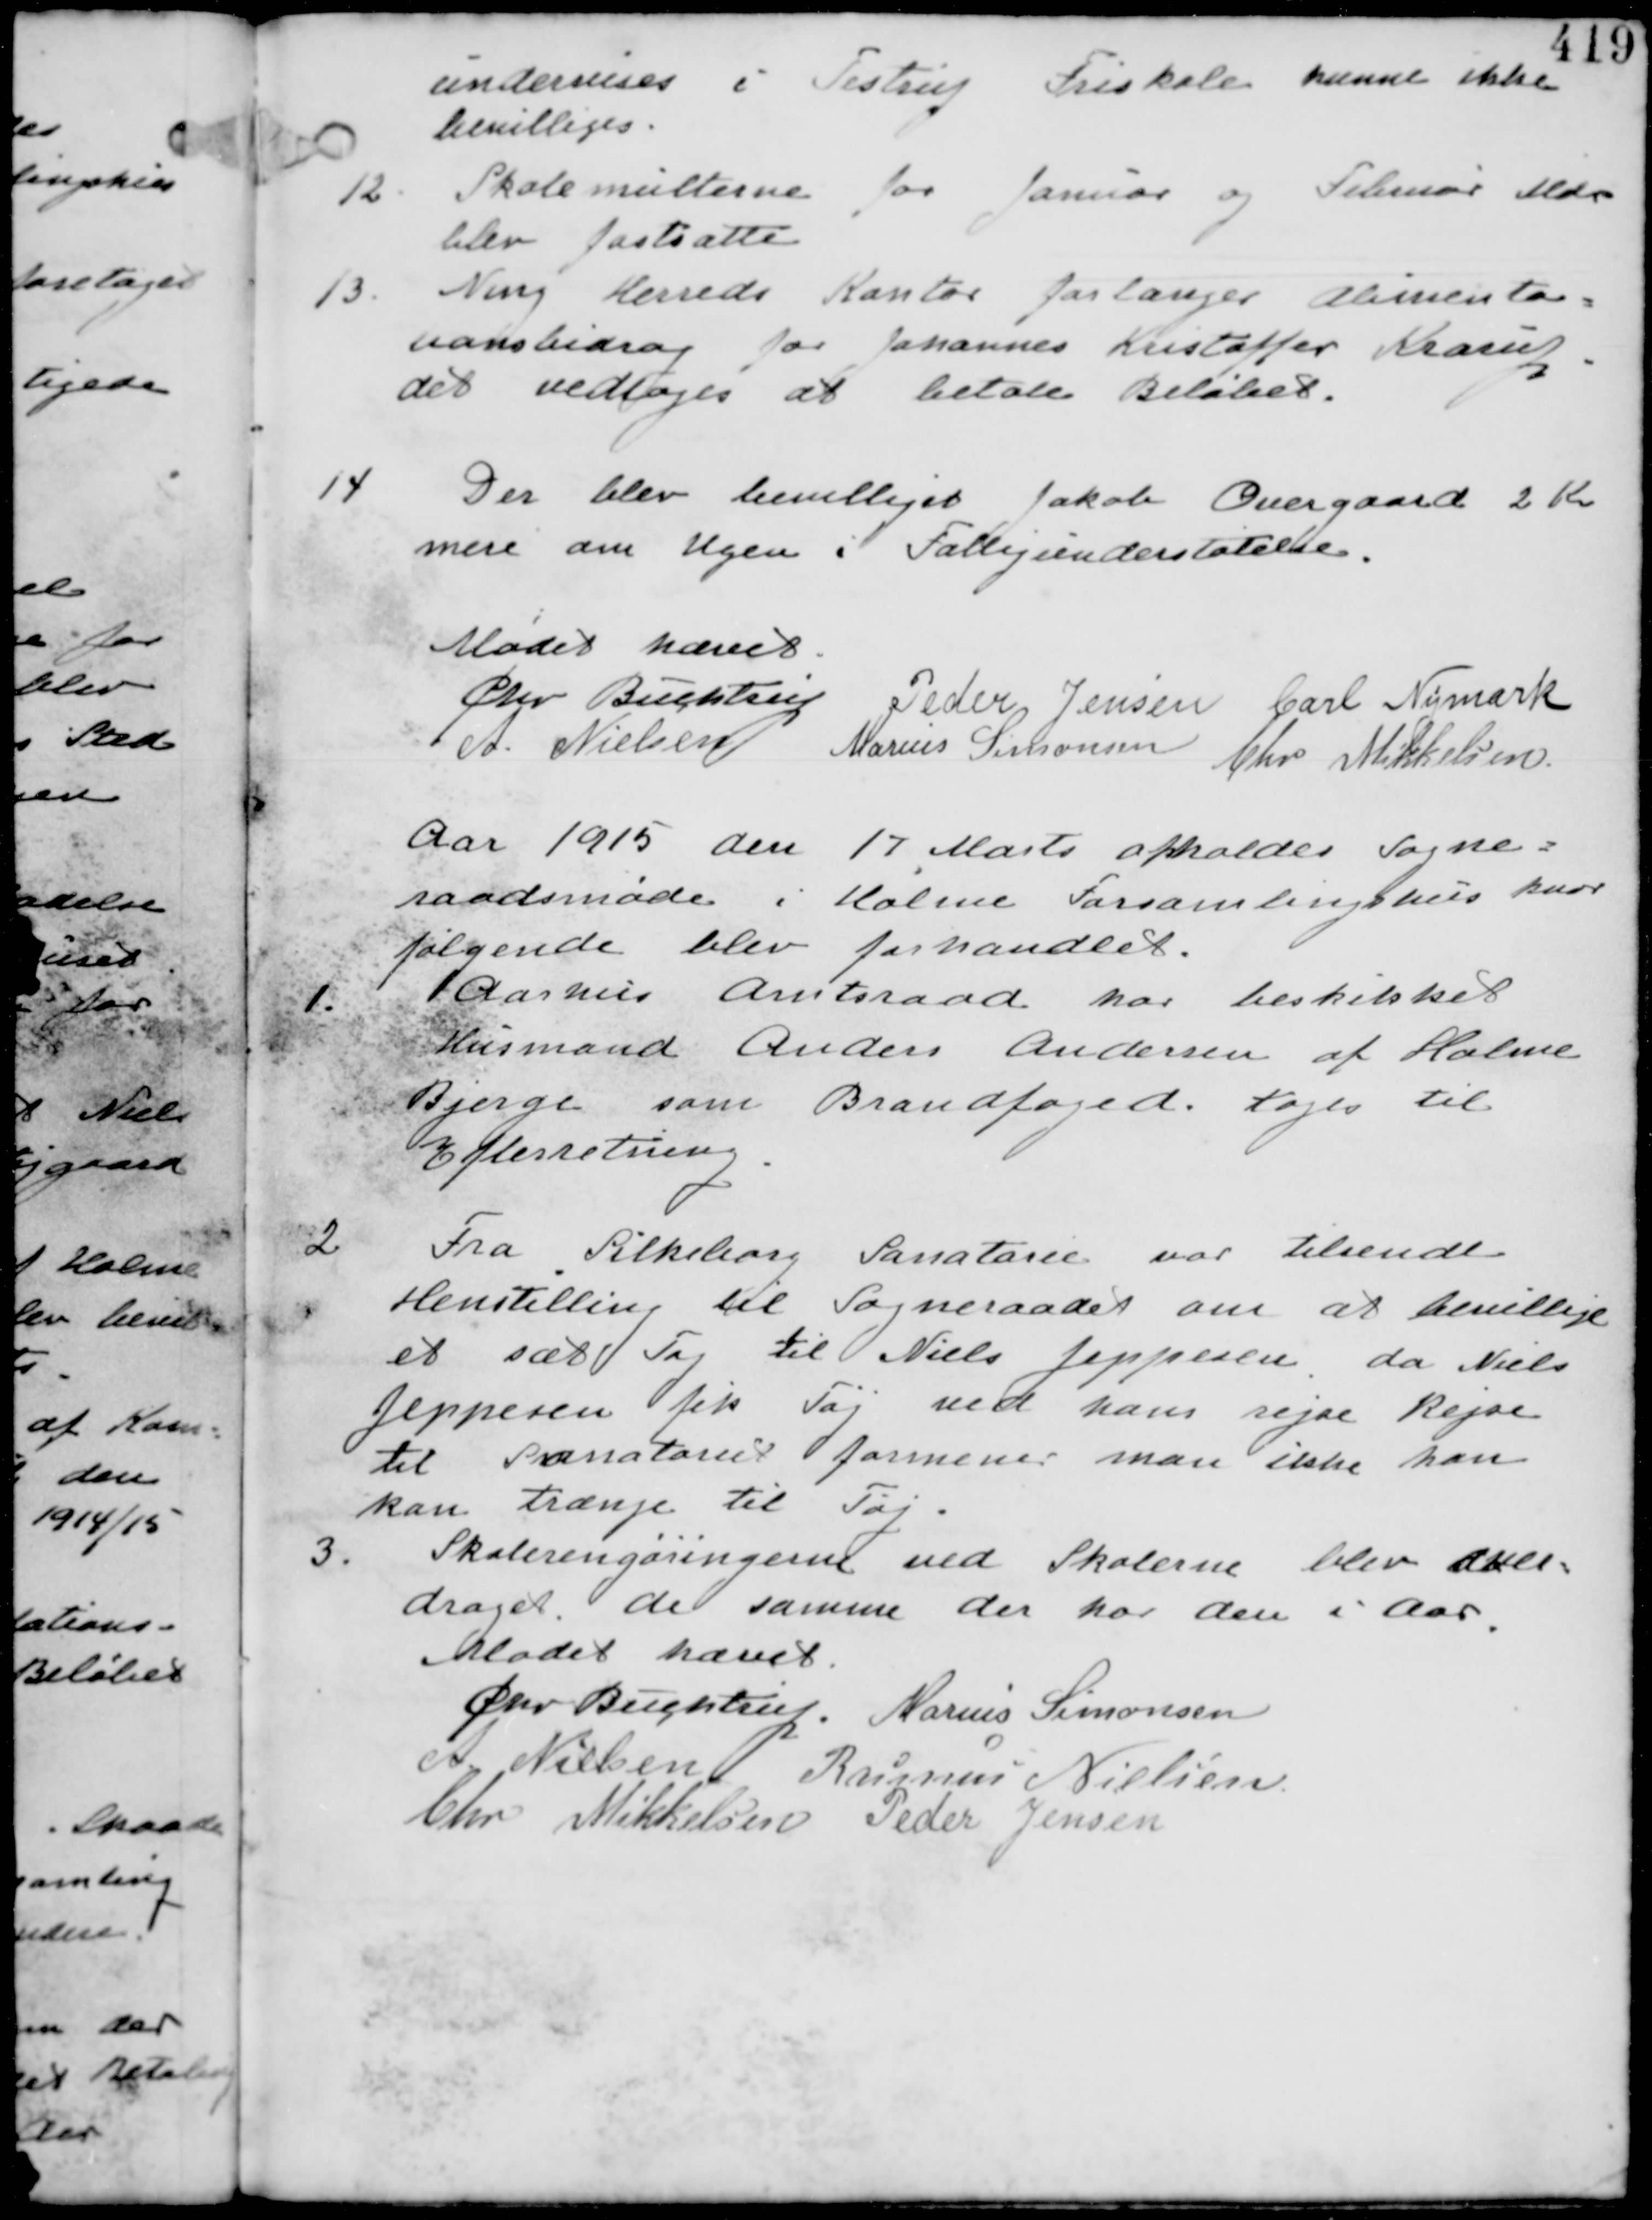
Transskription:
undervises i Testrup Friskole kunne ikke
bevilliges.

12 Skolemulterne for Januar og Februar Mdr
blev fastsatte

13 Ning Herreds Kontor forlanger Alumenta-
tionsbidrag for Johannes Kristoffer Krarup
det vedtages at betale Beløbet.

14
Der blev bevilliget Jakob Overgaard 2 Kr
mere om Ugen i Fattigunderstøttelse.

Mødet hævet
Chr Buchtrup Peder Jensen Carl Nymark
A. Nielsen Marius Simonsen
Chr Mikkelsen

Aar 1915 den 17 Marts afholdes Sogne-
raadsmøde i Holme Forsamlingshus hvor
føgende blev forhandlet.

1.
Aarhus Amtsraad har beskikket
Husmand Anders Andersen af Holme
Bjerge som Brandfoged. tages til
Efterretning.

2.
Fra Silkeborg Sanatorium var tilsendt
Henstilling til Sogneraadet om at bevillige
et sæt Tøj til Niels Jeppesen da Niels
Jeppesen fik Tøj ved hans rejse Rejse
til Sanatoriet formener man ikke han
kan trænge til nyt Tøj.

3.
Skolerengøringerne ved Skolerne blev over-
draget de samme der har den i Aar.

Mødet hævet
Chr Buchtrup. Marius Simonsen
A. Nielsen Rasmus Nielsen
Chr Mikkelsen Peder Jensen